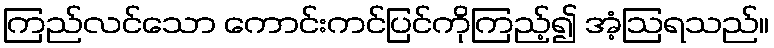
ကြည်လင်သော ကောင်းကင်ပြင်ကိုကြည့်၍ အံ့ဩရသည်။